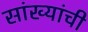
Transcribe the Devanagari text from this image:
सांख्यांची